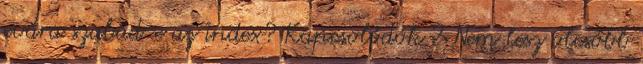
evára szabad-e az index? Kapcsolódók 2 Nem lesz olcsóbb